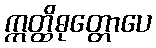
ဣတ္ထိဓုတ္တောပေ